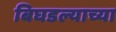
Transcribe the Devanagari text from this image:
बिघडल्याच्या